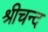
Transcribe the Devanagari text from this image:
श्रीचन्द